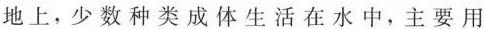
地上，少数种类成体生活在水中，主要用